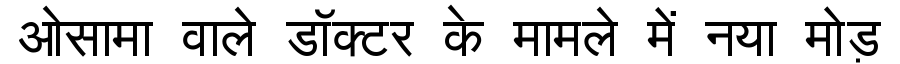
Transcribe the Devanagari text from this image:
ओसामा वाले डॉक्टर के मामले में नया मोड़